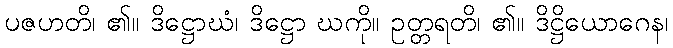
ပဇဟတိ၊ ၏။ ဒိဋ္ဌောဃံ၊ ဒိဋ္ဌော ဃကို။ ဥတ္တရတိ၊ ၏။ ဒိဋ္ဌိယောဂေန၊